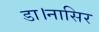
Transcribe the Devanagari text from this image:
डा।नासिर